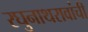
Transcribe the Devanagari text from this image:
रघुनाथरावांची